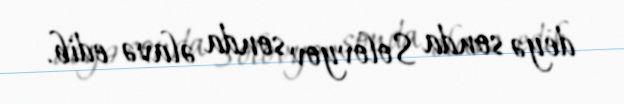
deyə sonda Solovyov sonda əlavə edib.